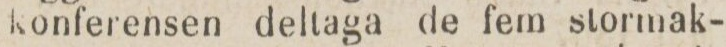
konferensen deltaga de fem stormak-